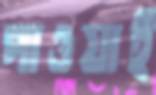
পাওয়াই